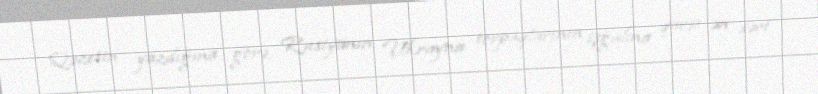
Qəzetin yazdığına görə, Rusiyanın Ukrayna torpaqlarının işğalına qarşı ən sərt